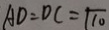
A D = D C = \sqrt { 1 0 }